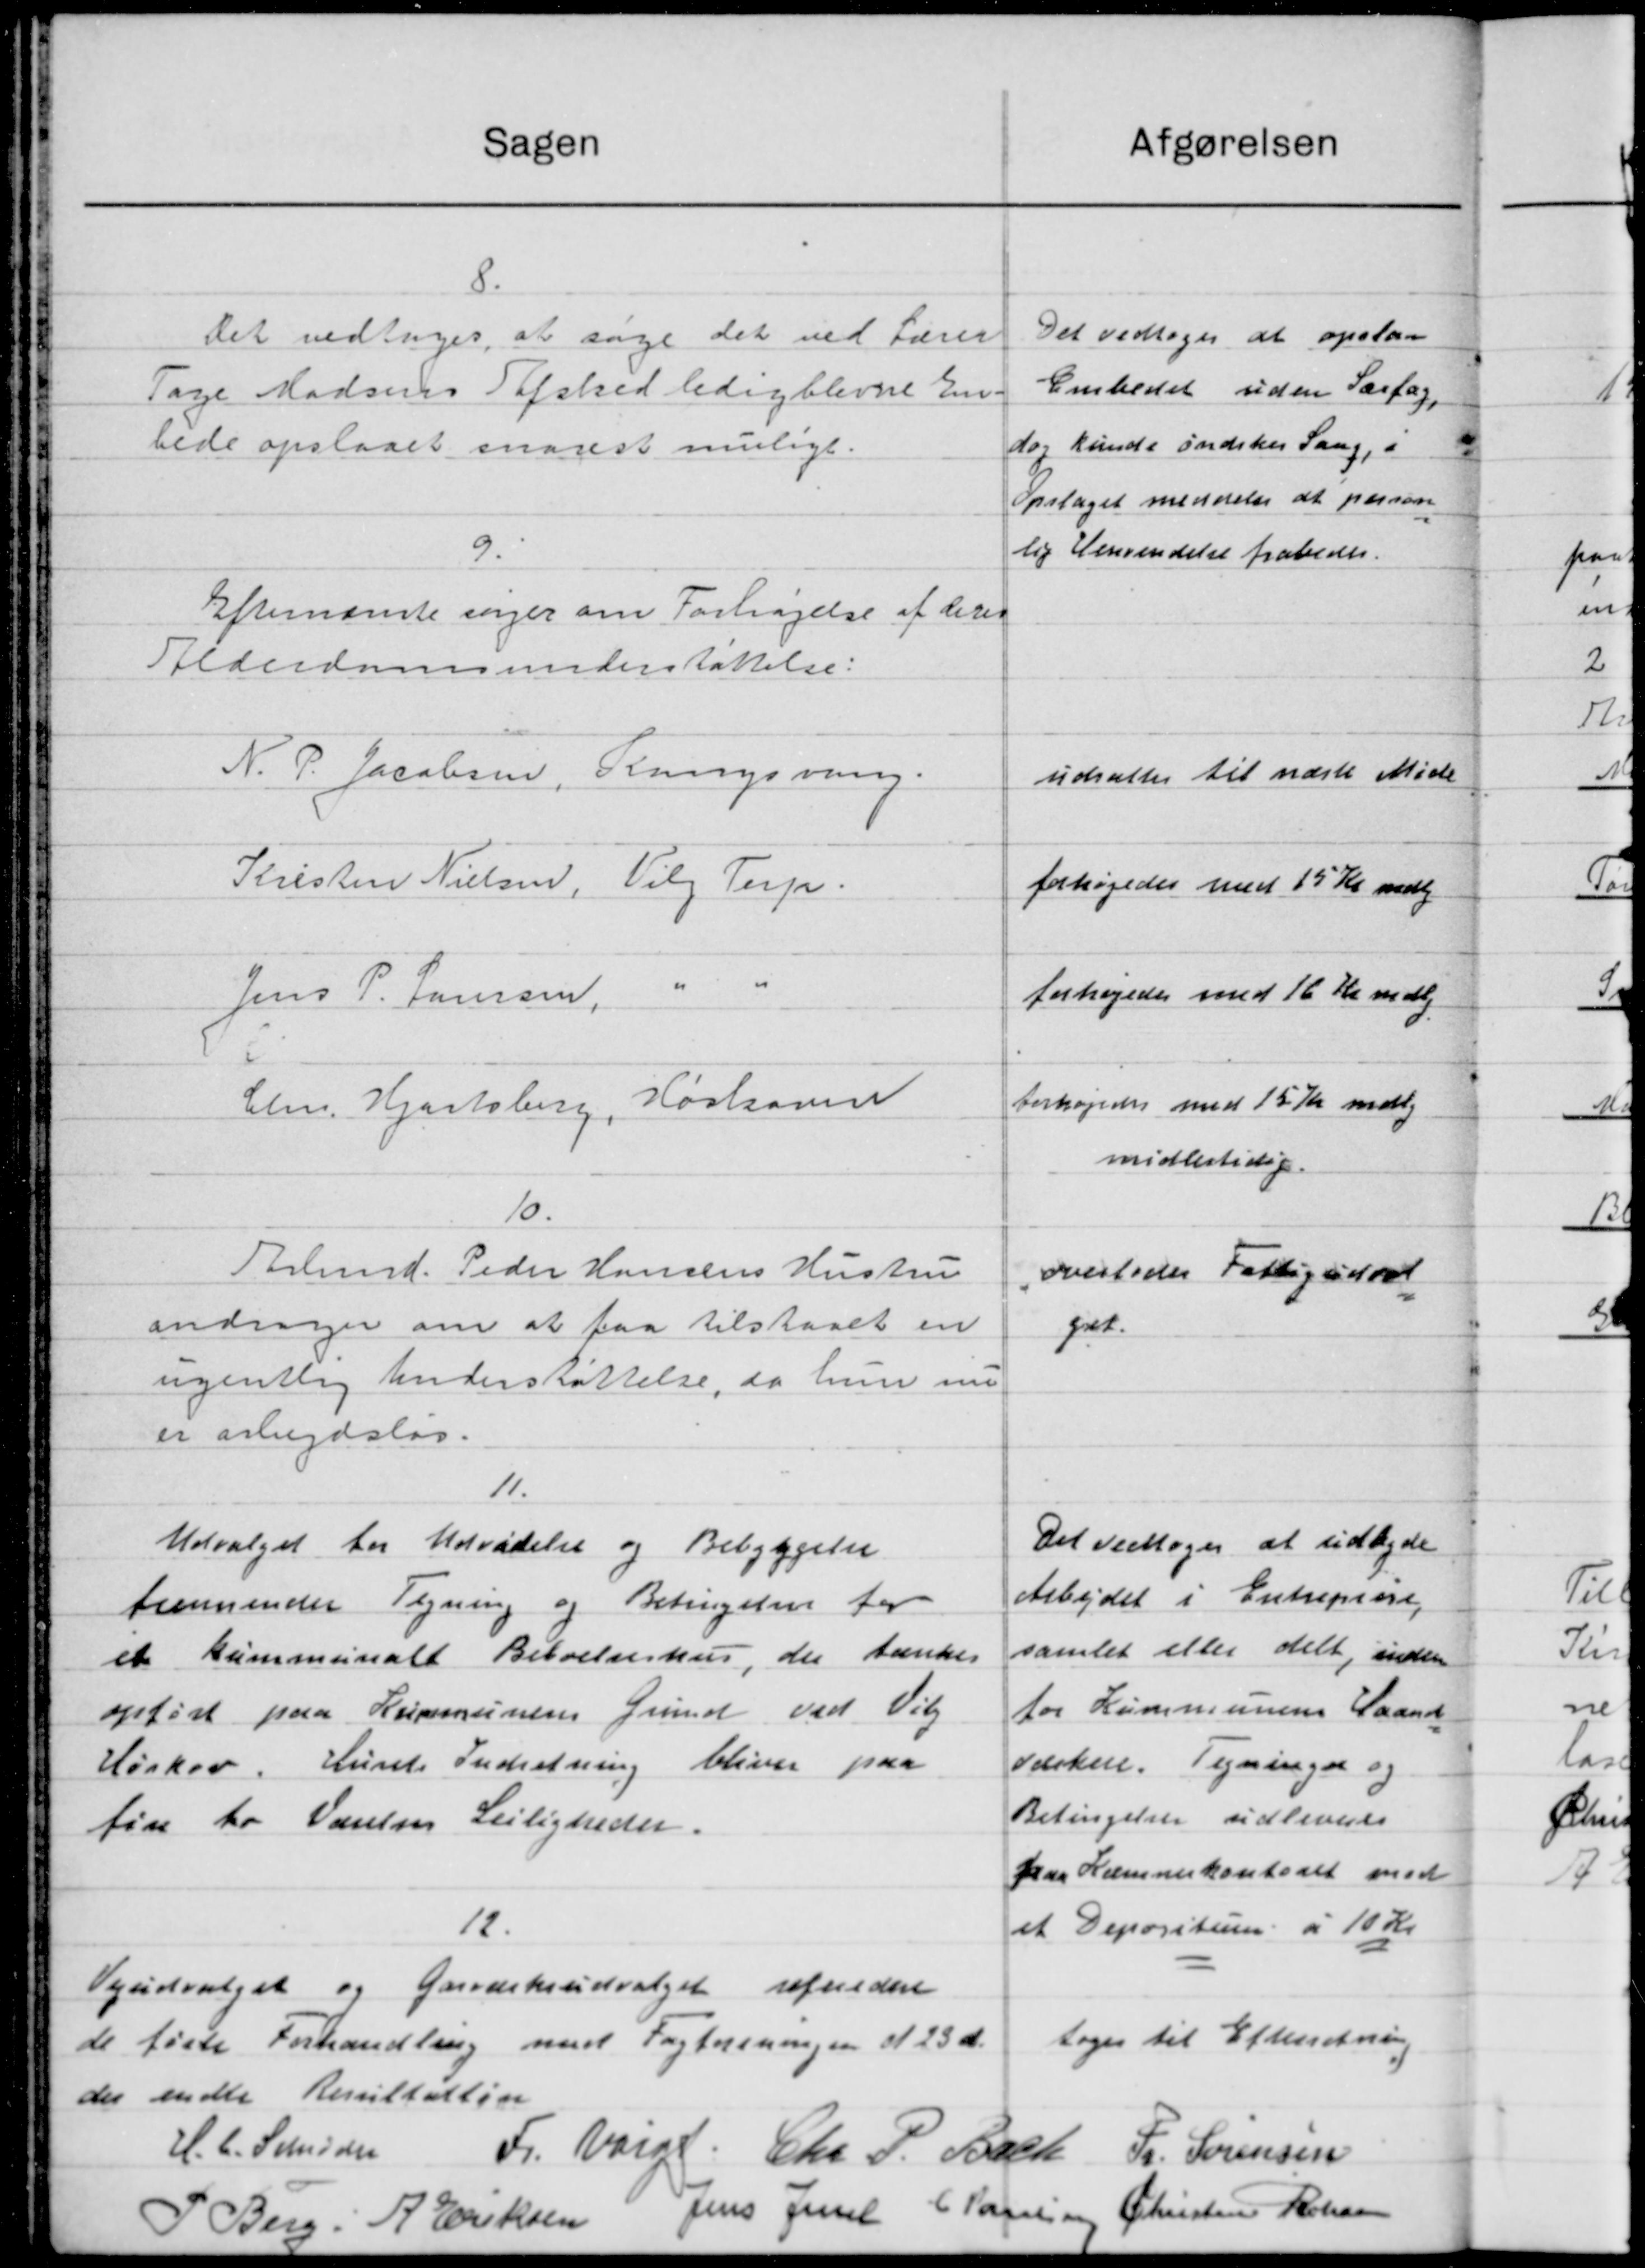
Transskription:
Sagen
afgørelsen
8.
Det vedtoges at opstaa
Det vedtoges, at søge det ved Lærer
Embedet uden Særfag,
Tage Madsens Tifshed ledigblevne Em.
dog kunde indskes Sang, i
bede opslaaet snarest muligt.
Opslaget meddeles at person
lig Henvendelse frabedes.
9.
Efternævnte søger om Forhøjelse af deres
Alderdomsunderstøttelse:
N. P. Jacobsen, Kongsvang.
udsættes til næste Møde
Kristen Nielsen, Vilg. Terp.
forhøjedes med 15 Kr mdlg
forhøjedes med 16 Kr mdlg
Jens P. Laursen,
forhøjedes med 15 Kr mdlg
Chr. Hjortsberg, Hoskoven
midlertidige.
10.
Arbmd. Peder Hansens Hustru
overlodes Fattiguddet
andrager om at faa tilstaaet en
gat.
ugentlig Understøttelse, da hun nu
er arbejdsløs.
11.
Det vedtoges at udbyde
Udvalget for Udvidelse og Bebyggelse
Arbejdet i Entrepræse
fremsender Tegning og Betingelser for
samlet eller delt, indsen
et kommunalt Beboelseshus, der tænkes
for Kommunens Haand
opført paa Kommunens Grund ved Vil
Værken. Tegninger og
Høskov. Hurets Indretning bliver paa
Betingelser udleveres
fin to Varles Leiligheder.
paa Lemmekontoret med
12.
et Depositum á 10 Kr
Vejudvalget og Garodeksudvalget refunder
toges til Efterretning
de førte Forhandling med Fagforeningen af 23 d.
der endte Resultatten
H. C. Schrøder
Fr. Varge. Chr. P. Bach Fr. Sørensen
Jens Jense
C Paulsen Christine Roussen
P. Berg A. Eriksen